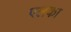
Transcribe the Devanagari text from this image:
एलका